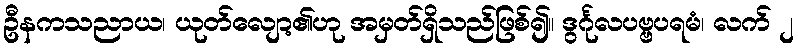
ဦနကသညာယ၊ ယုတ်လျော့၏ဟု အမှတ်ရှိသည်ဖြစ်၍။ ဒွင်္ဂုလပဗ္ဗပရမံ၊ လက် ၂